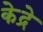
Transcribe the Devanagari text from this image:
केद्रे